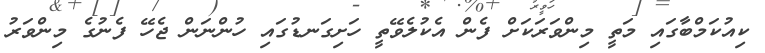
ކިއުކަމްބާގައި މަތީ މިންވަރަކަށް ފެން އެކުލެވޭތީ ހަށިގަނޑުގައި ހުންނަން ޖެހޭ ފެނުގެ މިންވަރު